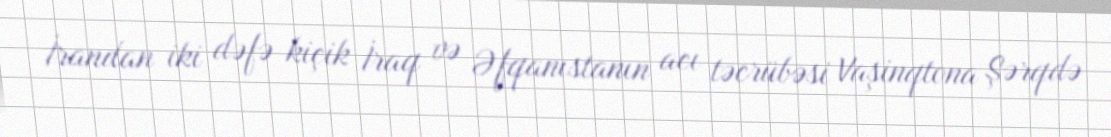
İrandan iki dəfə kiçik İraq və Əfqanıstanın acı təcrübəsi Vaşinqtona Şərqdə